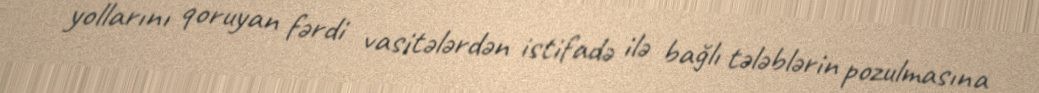
yollarını qoruyan fərdi vasitələrdən istifadə ilə bağlı tələblərin pozulmasına